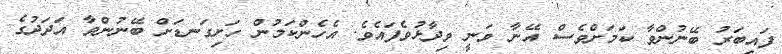
ފައިބަރު ބޭނުންވާ ކަމަށްވެސް އޭނާ ވަނީ ވިދާޅުވެފައެވެ. އެހެންކަމުން ހަށިގަނޑަށް ބޭނުންވާ އަދަދުގެ